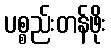
ပစ္စည်းတန်ဖိုး